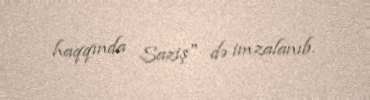
haqqında Saziş" də imzalanıb.